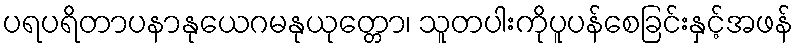
ပရပရိတာပနာနုယေဂမနုယုတ္တော၊ သူတပါးကိုပူပန်စေခြင်းနှင့်အဖန်